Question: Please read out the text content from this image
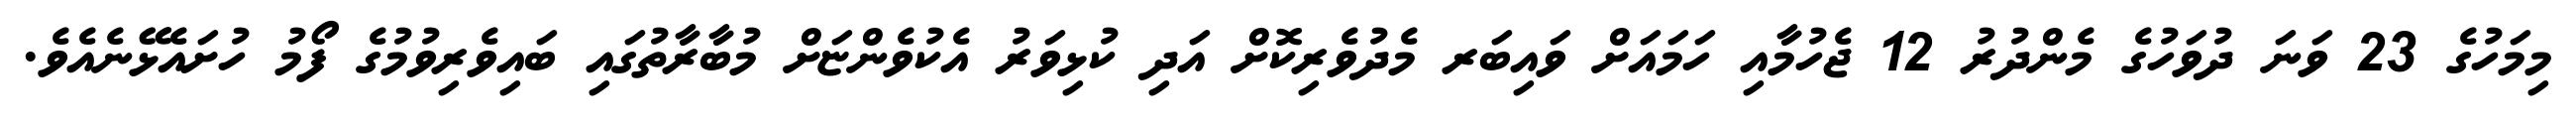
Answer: މިމަހުގެ 23 ވަނަ ދުވަހުގެ މެންދުރު 12 ޖެހުމާއި ހަމައަށް ވައިބަރ މެދުވެރިކޮށް އަދި ކުޅިވަރު އެކުވެންޏަށް މުބާރާތުގައި ބައިވެރިވުމުގެ ފޯމު ހުށައެޅޭނެއެވެ.